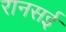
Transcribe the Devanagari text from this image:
रानसई